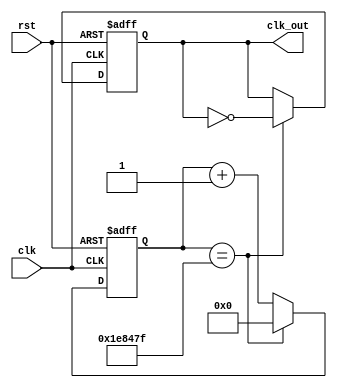
module clock_div(
    input clk,
    input rst,
    output reg clk_out
);

parameter N = 26'd2_000_000 , WIDTH = 25;
reg [WIDTH:0] counter;

always @(posedge clk or negedge rst) begin
	if (~rst) begin
		counter <= 0;
		clk_out <= 0;
	end
	else if (counter == N-1) begin
		clk_out <= ~clk_out;
		counter <= 0;
	end
	else
		counter <= counter + 1;
end

endmodule